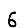
Digit: 6